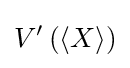
V'\left(\left\langle X\right\rangle \right)